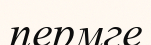
пермге